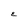
Character: E